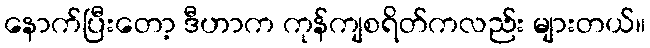
နောက်ပြီးတော့ ဒီဟာက ကုန်ကျစရိတ်ကလည်း များတယ်။